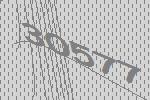
30577